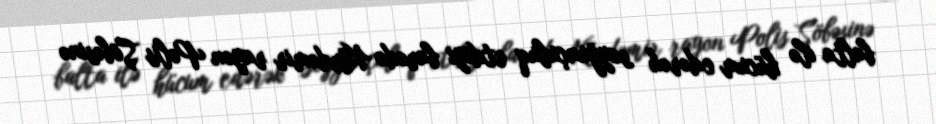
balta ilə hücum edərək soyğunçuluq etdiyi barədə Kürdəmir rayon Polis Şöbəsinə